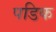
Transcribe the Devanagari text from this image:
पडिक